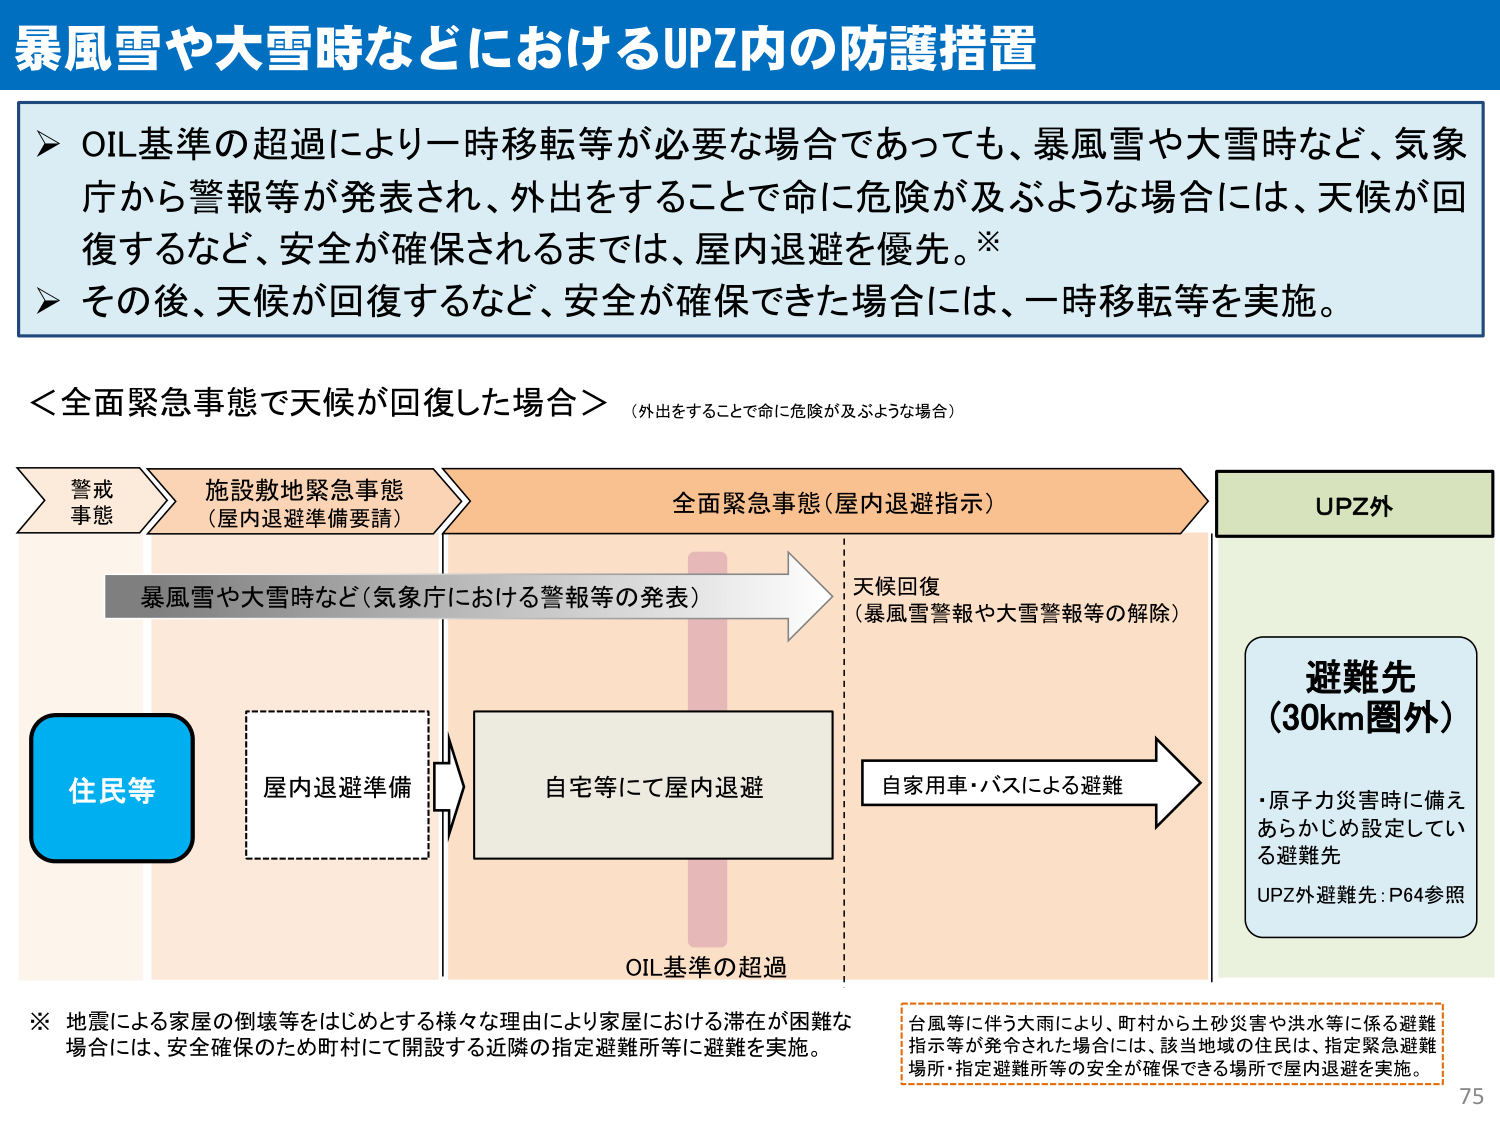
暴風雪や大雪時などにおけるUPZ内の防護措置

➤ OIL基準の超過により一時移転等が必要な場合であっても、暴風雪や大雪時など、気象庁から警報等が発表され、外出をすることで命に危険が及ぶような場合には、天候が回復するなど、安全が確保されるまでは、屋内退避を優先。※
➤ その後、天候が回復するなど、安全が確保できた場合には、一時移転等を実施。

＜全面緊急事態で天候が回復した場合＞（外出をすることで命に危険が及ぶような場合）

警戒事態 → 施設敷地緊急事態（屋内退避準備要請） → 全面緊急事態（屋内退避指示） → UPZ外

暴風雪や大雪時など（気象庁における警報等の発表） → 天候回復（暴風雪警報や大雪警報等の解除）

住民等 → 屋内退避準備 → 自宅等にて屋内退避 → 自家用車・バスによる避難 → 避難先（30km圏外）

・原子力災害時に備えあらかじめ設定している避難先
UPZ外避難先：P64参照

OIL基準の超過

※ 地震による家屋の倒壊等をはじめとする様々な理由により家屋における滞在が困難な場合には、安全確保のため町村にて開設する近隣の指定避難所等に避難を実施。

台風等に伴う大雨により、町村から土砂災害や洪水等に係る避難指示等が発令された場合には、該当地域の住民は、指定緊急避難場所・指定避難所等の安全が確保できる場所で屋内退避を実施。

75